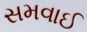
સમવાઈ